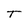
Character: T